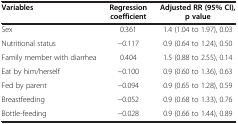
<table><thead><tr><td><b>Variables</b></td><td><b>Regression coefficient</b></td><td><b>Adjusted RR (95% CI), p value</b></td></tr></thead><tbody><tr><td>Sex</td><td>0.361</td><td>1.4 (1.04 to 1.97), 0.03</td></tr><tr><td>Nutritional status</td><td>−0.117</td><td>0.9 (0.64 to 1.24), 0.50</td></tr><tr><td>Family member with diarrhea</td><td>0.404</td><td>1.5 (0.88 to 2.55), 0.14</td></tr><tr><td>Eat by him/herself</td><td>−0.100</td><td>0.9 (0.60 to 1.36), 0.63</td></tr><tr><td>Fed by parent</td><td>−0.094</td><td>0.9 (0.65 to 1.28), 0.59</td></tr><tr><td>Breastfeeding</td><td>−0.052</td><td>0.9 (0.68 to 1.33), 0.76</td></tr><tr><td>Bottle-feeding</td><td>−0.028</td><td>0.9 (0.66 to 1.44), 0.89</td></tr></tbody></table>